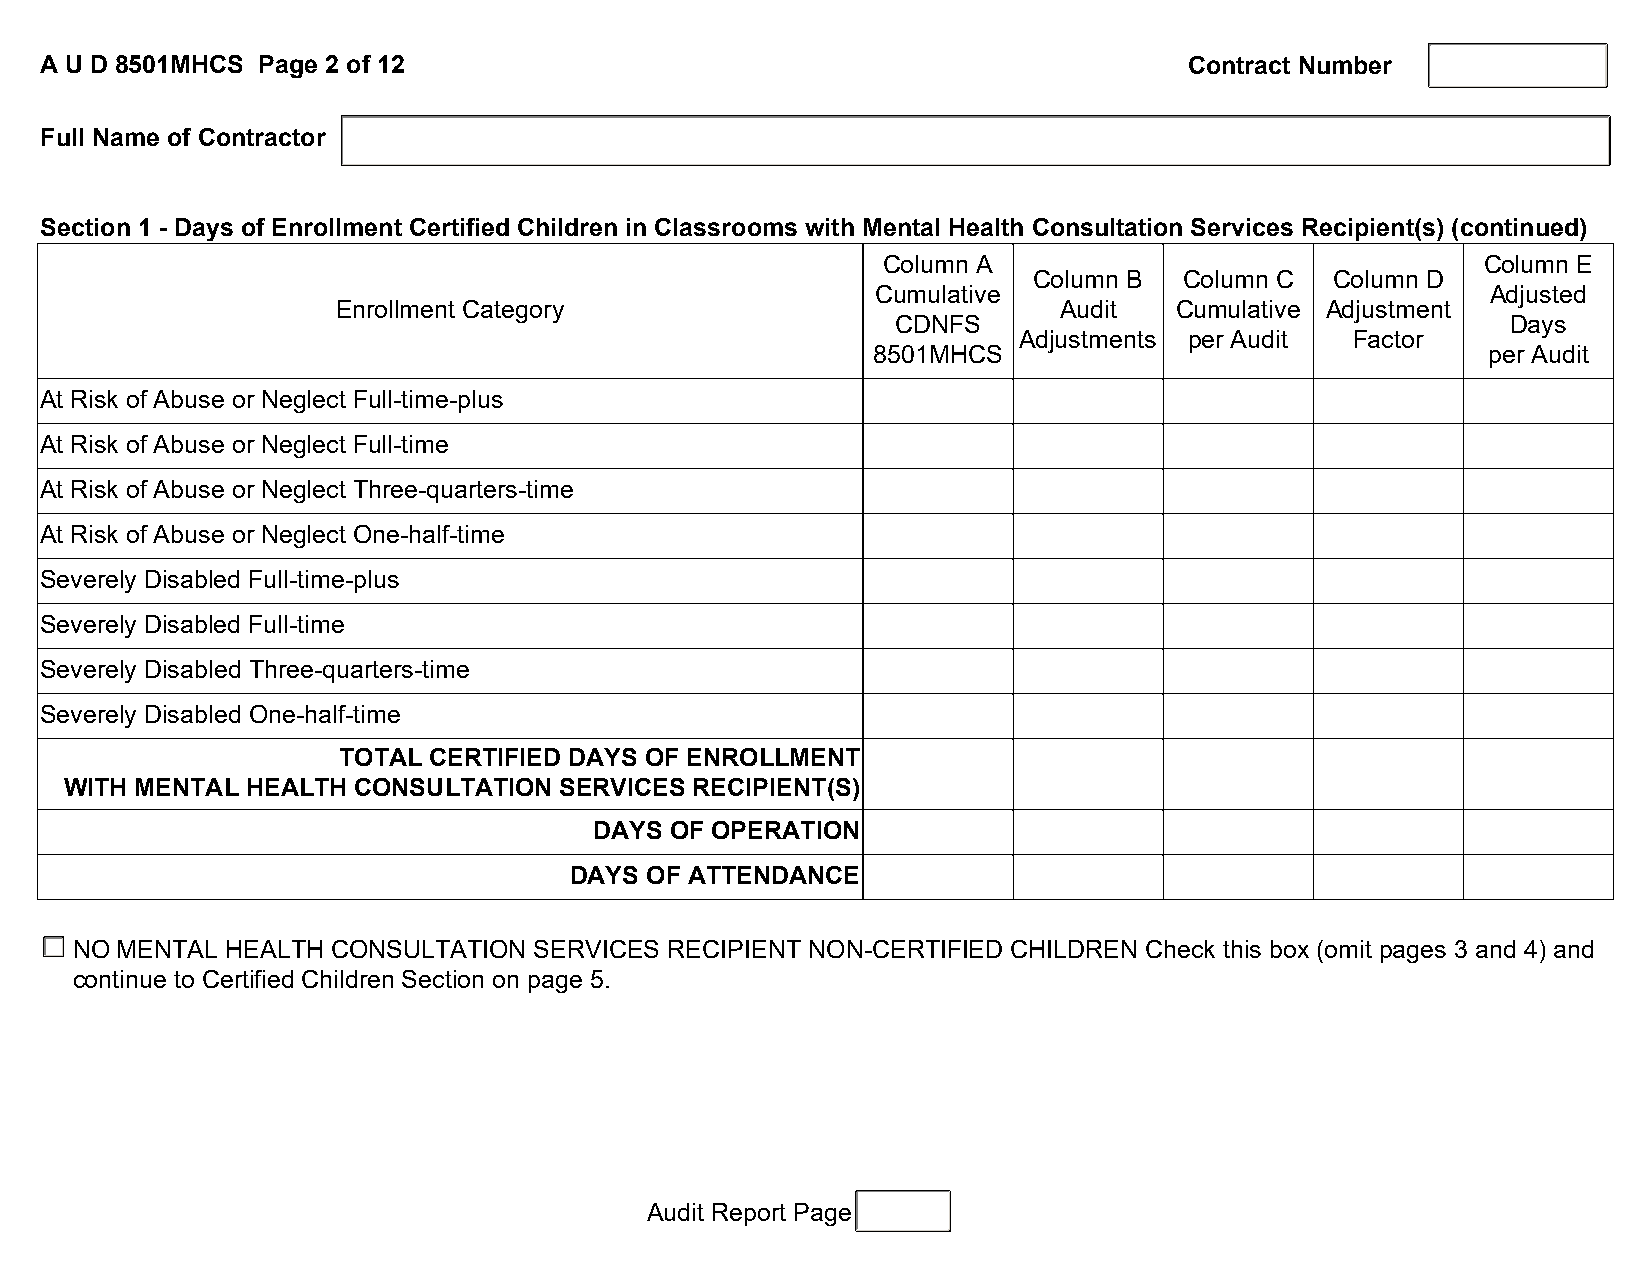
A U D 8501MHCS Page 2 of 12                                                 Contract Number
 Full Name of Contractor
 Section 1 - Days of Enrollment Certified Children in Classrooms with Mental Health Consultation Services Recipient(s) (continued)
 Column A                                Column E
 Column B  Column C  Column D
 Cumulative                               Adjusted
 Enrollment Category                             Audit   Cumulative Adjustment
 CDNFS                                    Days
 Adjustments per Audit  Factor
 8501MHCS                                per Audit
 At Risk of Abuse or Neglect Full-time-plus
 At Risk of Abuse or Neglect Full-time
 At Risk of Abuse or Neglect Three-quarters-time
 At Risk of Abuse or Neglect One-half-time
 Severely Disabled Full-time-plus
 Severely Disabled Full-time
 Severely Disabled Three-quarters-time
 Severely Disabled One-half-time
 TOTAL CERTIFIED DAYS OF ENROLLMENT
 WITH MENTAL HEALTH CONSULTATION  SERVICES RECIPIENT(S)
 DAYS OF OPERATION
 DAYS OF ATTENDANCE
 NO MENTAL HEALTH CONSULTATION SERVICES RECIPIENT NON-CERTIFIED CHILDREN Check this box (omit pages 3 and 4) and
 continue to Certified Children Section on page 5.
 Audit Report Page